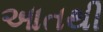
આતથી